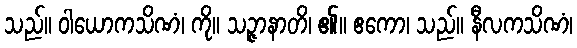
သည်။ ဝါယောကသိဏံ၊ ကို။ သဉ္ဇာနာတိ၊ ၏။ ဧကော၊ သည်။ နီလကသိဏံ၊